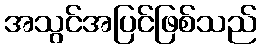
အသွင်အပြင်ဖြစ်သည်